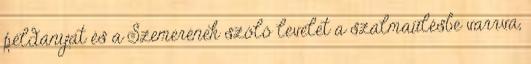
példányát és a Szemerének szóló levelet a szalmaülésbe varrva,